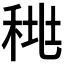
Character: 𰨪